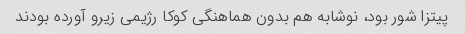
پیتزا شور بود، نوشابه هم بدون هماهنگی کوکا رژیمی زیرو آورده بودند